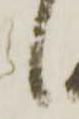
候